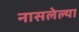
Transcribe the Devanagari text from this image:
नासलेल्या